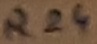
Text: R24